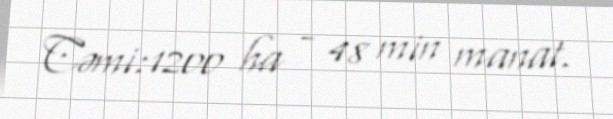
Cəmi:1200 ha - 48 min manat.